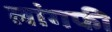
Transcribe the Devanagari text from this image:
लांगफी